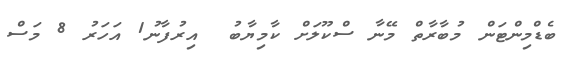
ބެޑްމިންޓަން މުބާރާތް މޭނާ ސްކޫލަށް ކާމިޔާބު  އިރުފާނު1 އަހަރު 8 މަސް